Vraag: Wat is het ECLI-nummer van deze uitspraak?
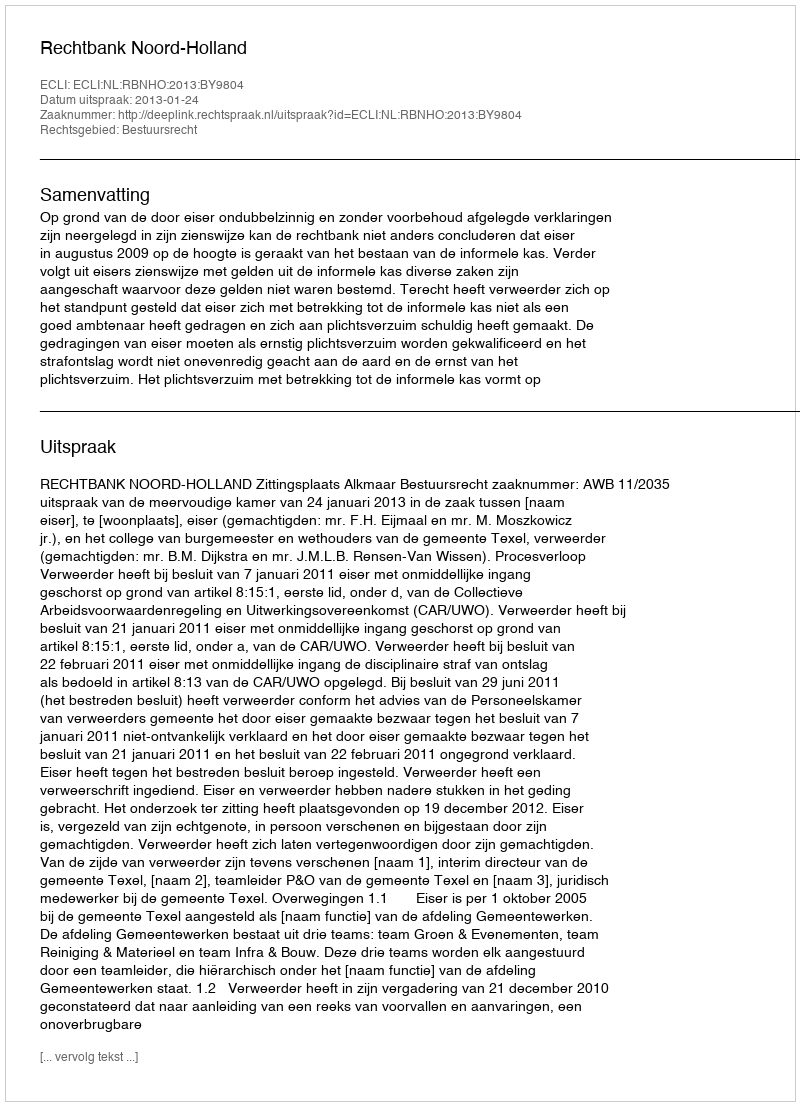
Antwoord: ECLI:NL:RBNHO:2013:BY9804